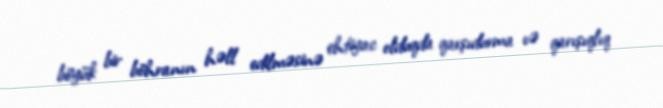
böyük bir böhranın həll edilməsinə ehtiyac olduqda qarşıdurma və qarışıqlıq